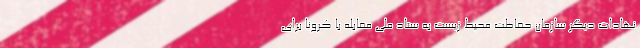
نهادات دیگر سازمان حفاظت محیط زیست به ستاد ملی مقابله با کرونا برای